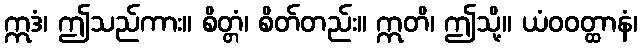
ဣဒံ၊ ဤသည်ကား။ စိတ္တံ၊ စိတ်တည်း။ ဣတိ၊ ဤသို့။ ယံဝဝတ္ထာနံ၊